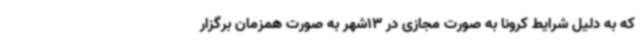
که به دلیل شرایط کرونا به صورت مجازی در 13شهر به صورت همزمان برگزار